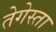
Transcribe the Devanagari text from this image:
तेगेस्ता